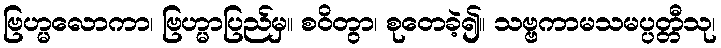
ဗြဟ္မလောကာ၊ ဗြဟ္မာပြည်မှ။ စဝိတွာ၊ စုတေခဲ့၍။ သဗ္ဗကာမသမပ္ပတ္တီသု၊